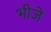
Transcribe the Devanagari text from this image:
भीजे